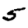
Digit: 5